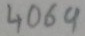
Text: 4069